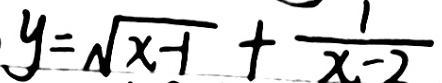
y = \sqrt { x - 1 } + \frac { 1 } { x - 2 }